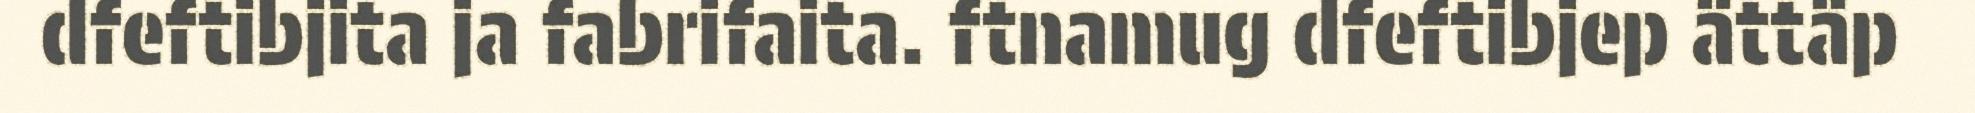
dfeftibjita ja fabrifaita. ftnamug dfeftibjep ättäp